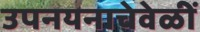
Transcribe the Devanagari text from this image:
उपनयनाचेवेळीं